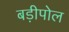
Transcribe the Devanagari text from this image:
बड़ीपोल